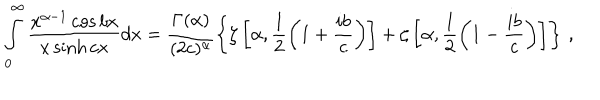
\int _ { 0 } ^ { \infty } \frac { x ^ { \alpha - 1 } \cos { b x } } { x \sinh { c x } } d x = \frac { \Gamma ( \alpha ) } { ( 2 c ) ^ { \alpha } } \left\{ \zeta \left[ \alpha , \frac { 1 } { 2 } \left( 1 + \frac { i b } { c } \right) \right] + \zeta \left[ \alpha , \frac { 1 } { 2 } \left( 1 - \frac { i b } { c } \right) \right] \right\} \, ,